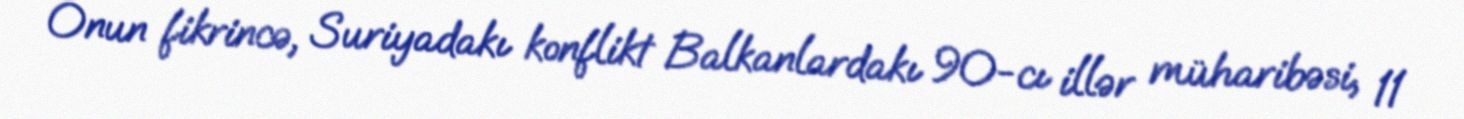
Onun fikrincə, Suriyadakı konflikt Balkanlardakı 90-cı illər müharibəsi, 11